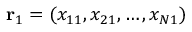
\mathbf { r } _ { 1 } = ( x _ { 1 1 } , x _ { 2 1 } , \dots , x _ { N 1 } )